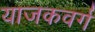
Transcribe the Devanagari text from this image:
याजकवर्ग